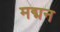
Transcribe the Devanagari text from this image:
मद्मन